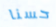
حسنا